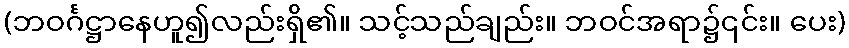
(ဘဝင်္ဂဋ္ဌာနေဟူ၍လည်းရှိ၏။ သင့်သည်ချည်း။ ဘဝင်အရာ၌၎င်း။ ပေး)